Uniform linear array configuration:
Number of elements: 48
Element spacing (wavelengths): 0.25
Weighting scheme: binomial
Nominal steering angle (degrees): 0
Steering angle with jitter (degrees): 1.618
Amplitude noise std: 0.05
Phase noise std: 0.05

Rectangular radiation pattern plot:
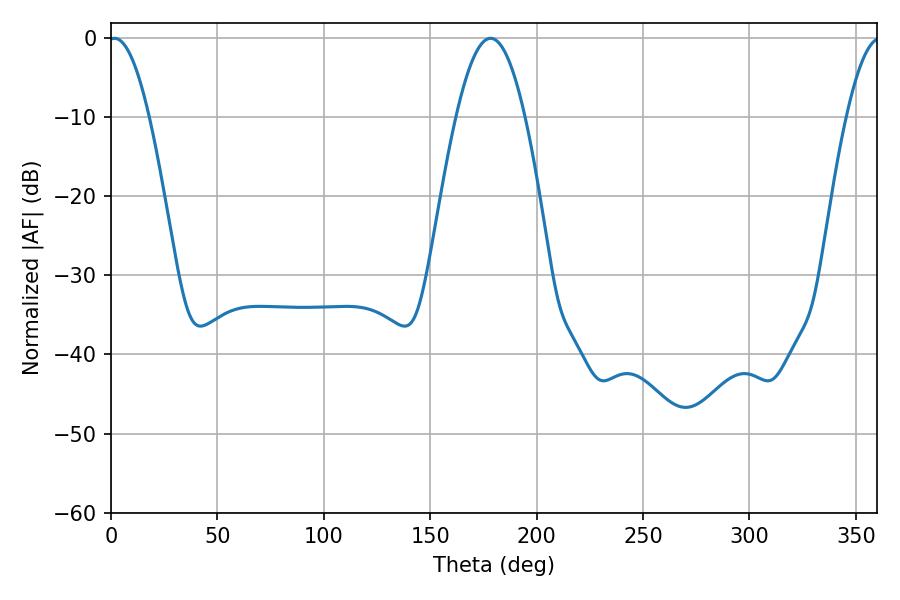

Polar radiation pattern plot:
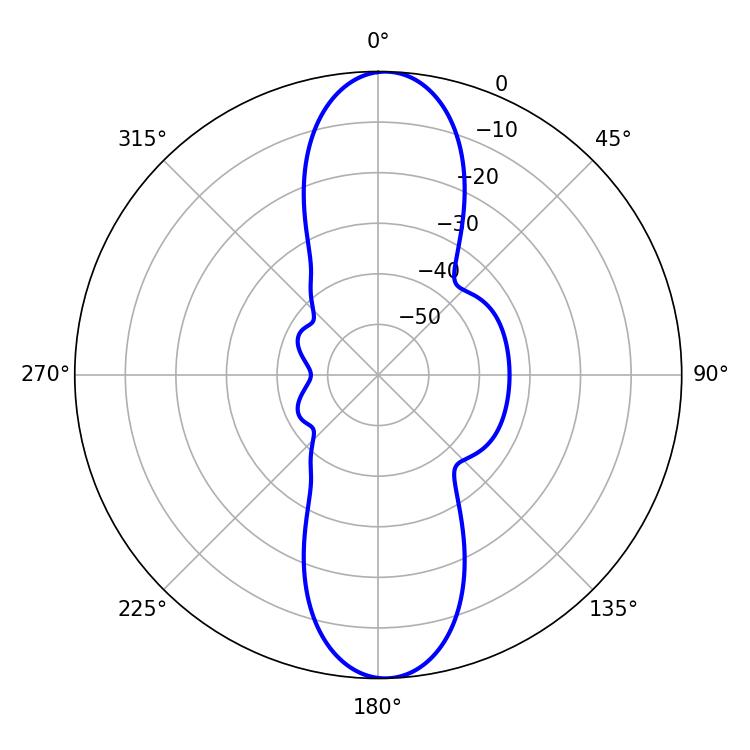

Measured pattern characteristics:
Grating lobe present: FALSE
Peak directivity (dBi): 20.033
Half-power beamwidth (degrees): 10.44
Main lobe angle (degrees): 1.62